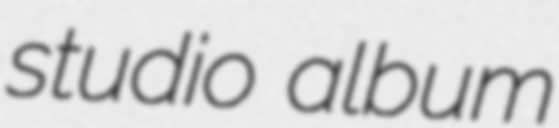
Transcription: studio album